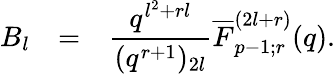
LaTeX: \begin{array}{rcl}{{B_{l}}}&{{=}}&{{\displaystyle\frac{q^{l^{2}+rl}}{(q^{r+1})_{2l}}\overline{{{F}}}_{p-1;r}^{(2l+r)}(q).}}\end{array}